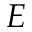
E